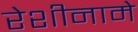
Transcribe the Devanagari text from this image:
रेशीनामे